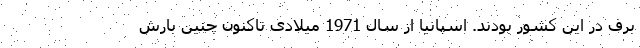
برف در این کشور بودند. اسپانیا از سال 1971 میلادی تاکنون چنین بارش